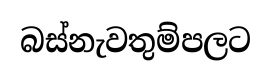
බස්නැවතුම්පලට